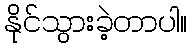
နိုင်သွားခဲ့တာပါ။